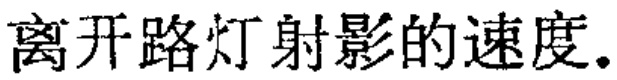
离开路灯射影的速度.